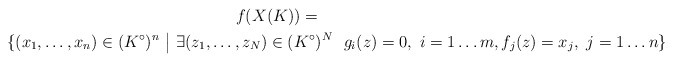
\begin{gather*}f(X(K)) = \\\{ (x_1, \ldots , x_n ) \in (K^\circ)^n \ \big| \ \exists (z_1, \ldots , z_N) \in (K^\circ)^N \ \ g_i(z)=0, \ i=1\ldots m, f_j(z)=x_j, \ j=1 \ldots n \}\end{gather*}